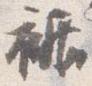
裾